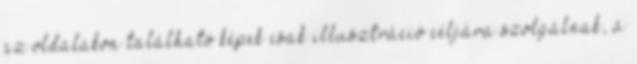
az oldalakon található képek csak illusztráció céljára szolgálnak, a